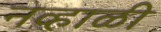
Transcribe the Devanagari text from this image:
नव्हाळी